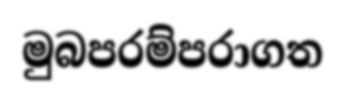
මුබපරම්පරාගත